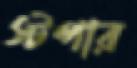
স্টপার